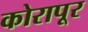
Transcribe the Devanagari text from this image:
कोरापूर